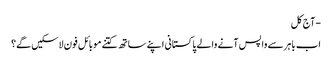
- آج کل
اب باہر سے واپس آنے والے پاکستانی اپنے ساتھ کتنے موبائل فون لاسکیں گے؟